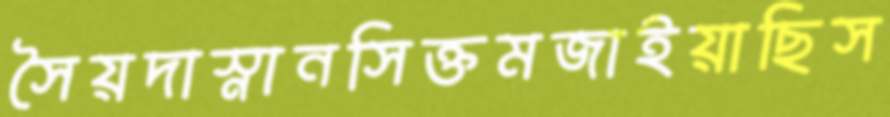
সৈয়দাস্নানসিক্তমজাইয়াছিস